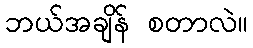
ဘယ်အချိန် စတာလဲ။